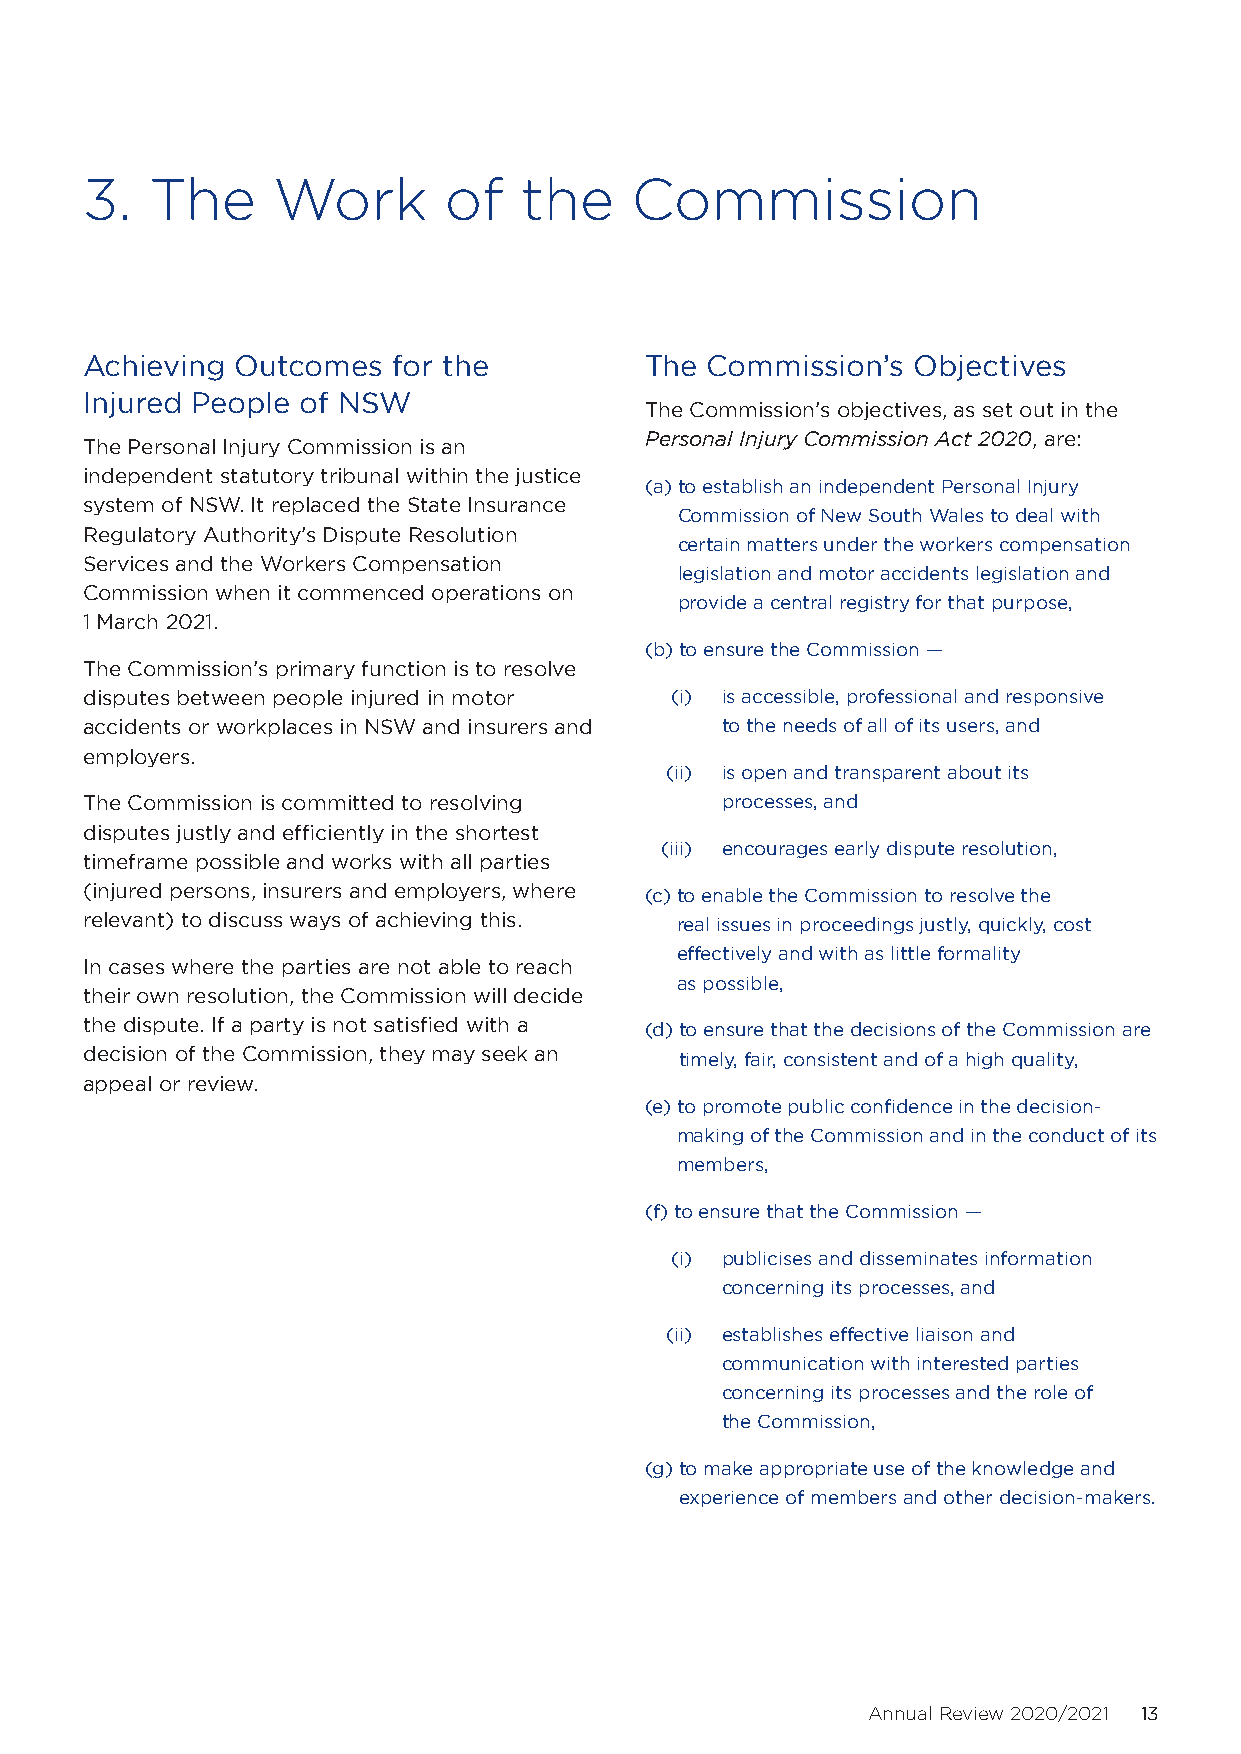
3.   The     Work       of   the     Commission
 Achieving  Outcomes  for the          The Commission’s Objectives
 Injured People of NSW
 The Commission’s objectives, as set out in the
 Personal Injury Commission Act 2020, are:
 The Personal Injury Commission is an
 independent statutory tribunal within the justice
 (a) to establish an independent Personal Injury
 system of NSW. It replaced the State Insurance
 Commission of New South Wales to deal with
 Regulatory Authority’s Dispute Resolution
 certain matters under the workers compensation
 Services and the Workers Compensation
 legislation and motor accidents legislation and
 Commission when it commenced operations on
 provide a central registry for that purpose,
 1 March 2021.
 (b) to ensure the Commission —
 The Commission’s primary function is to resolve
 disputes between people injured in motor (i) is accessible, professional and responsive
 accidents or workplaces in NSW and insurers and to the needs of all of its users, and
 employers.
 (ii) is open and transparent about its
 The Commission is committed to resolving   processes, and
 disputes justly and efficiently in the shortest
 (iii) encourages early dispute resolution,
 timeframe possible and works with all parties
 (injured persons, insurers and employers, where (c) to enable the Commission to resolve the
 relevant) to discuss ways of achieving this. real issues in proceedings justly, quickly, cost
 effectively and with as little formality
 In cases where the parties are not able to reach
 as possible,
 their own resolution, the Commission will decide
 the dispute. If a party is not satisfied with a (d) to ensure that the decisions of the Commission are
 decision of the Commission, they may seek an timely, fair, consistent and of a high quality,
 appeal or review.
 (e) to promote public confidence in the decision-
 making of the Commission and in the conduct of its
 members,
 (f) to ensure that the Commission —
 (i) publicises and disseminates information
 concerning its processes, and
 (ii) establishes effective liaison and
 communication with interested parties
 concerning its processes and the role of
 the Commission,
 (g) to make appropriate use of the knowledge and
 experience of members and other decision-makers.
 Annual Review 2020/2021 13